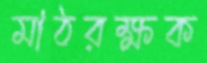
মাঠরক্ষক